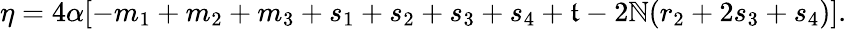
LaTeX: \eta=4\alpha[-m_{1}+m_{2}+m_{3}+s_{1}+s_{2}+s_{3}+s_{4}+\mathfrak{t}-2\mathbb{N}(r_{2}+2s_{3}+s_{4})].